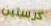
كرستين